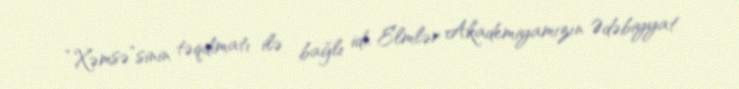
“Xəmsə”sinin təqdimatı ilə bağlı idi. Elmlər Akademiyamızın Ədəbiyyat